Preliminary report on the killing of rats and rat fleas by hydrocyanic acid gas - Number 38
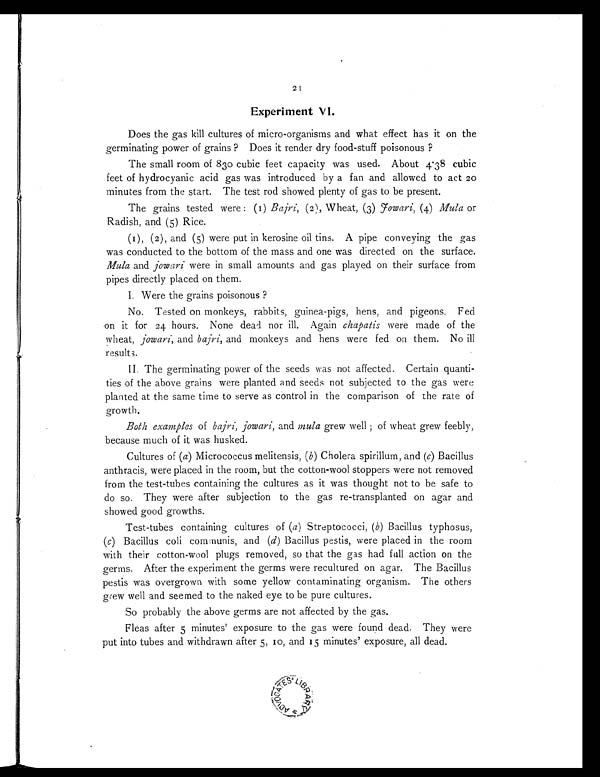
21
Experiment VI.
Does the gas kill cultures of micro-organisms and what effect has it on the
germinating power of grains ? Does it render dry food-stuff poisonous?
The small room of 830 cubic feet capacity was used. About 4.38 cubic
feet of hydrocyanic acid gas was introduced by a fan and allowed to act 20
minutes from the start. The test rod showed plenty of gas to be present.
The grains tested were: (I) Bajri, (2) , Wheat, (3) J owari, (4) Mula or
Radish, and (5) Rice.
(I), (2), and (5) were put in kerosine oil tins. A pipe conveying the gas
was conducted to the bottom of the mass and one was directed on the surface.
Mula and jowari were in small amounts and gas played on their surface from
pipes directly placed on them.
I . W e r e t h e g r a i n s p o i s o n o u s ?
No. Tested on monkeys, rabbits, guinea-pigs, hens, and pigeons. Fed
on it for 24 hours. None dead nor ill. Again chapatis were made of the
wheat, jowari, and bajri, and monkeys and hens were fed on them. No ill
results.
II. The germinating power of the seeds was not affected. Certain quanti-
ties of the above grains were planted and seeds not subjected to the gas were
planted at the same time to serve as control in the comparison of the rate of
growth.
Both examples of bajri, jowari, and mula grew well; of wheat grew feebly,
because much of it was husked.
Cultures of (a) Micrococcus melitensis, (b) Cholera spirillum, and ( c) Bacillus
anthracis, were placed in the room, but the cotton-wool stoppers were not removed
from the test-tubes containing the cultures as it was thought not to be safe to
do so. They were after subjection to the gas re-transplanted on agar and
showed good growths.
Test-tubes containing cultures of ( a ) Streptococci, ( b ) Bacillus typhosus,
(c) Bacillus coli communis, and ( d) Bacillus pestis, were placed in the room
with their cotton-wool plugs removed, so that the gas had full action on the
germs. After the experiment the germs were recultured on agar. The Bacillus
pestis was overgrown with some yellow contaminating organism. The others
grew well and seemed to the naked eye to be pure cultures.
So probably the above germs are not affected by the gas.
Fleas after 5 minutes' exposure to the gas were found dead. They were
put into tubes and withdrawn after 5, 10, and 15 minutes' exposure, all dead.